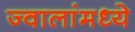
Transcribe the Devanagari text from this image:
ज्वालांमध्ये